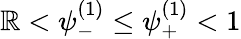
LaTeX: \mathbb{R}<\psi_{-}^{(1)}\leq\psi_{+}^{(1)}<1